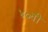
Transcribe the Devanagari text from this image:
४०वी